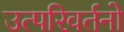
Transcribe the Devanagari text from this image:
उत्परिवर्तनो